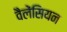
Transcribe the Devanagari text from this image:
वैलेंसियन